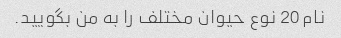
نام 20 نوع حیوان مختلف را به من بگویید.